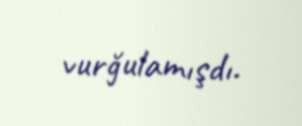
vurğulamışdı.